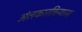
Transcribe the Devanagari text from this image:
अंलकारविन्यास